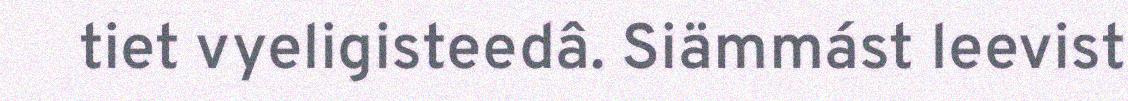
tiet vyeligisteedâ. Siämmást leevist